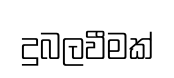
දුබලවීමක්